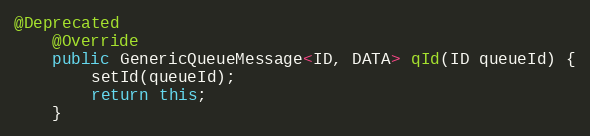
Language: Java
@Deprecated
    @Override
    public GenericQueueMessage<ID, DATA> qId(ID queueId) {
        setId(queueId);
        return this;
    }